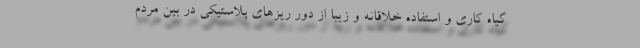
گیاه کاری و استفاده خلاقانه و زیبا از دور ریزهای پلاستیکی در بین مردم